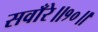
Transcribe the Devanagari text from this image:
सवाँरे॥१०॥